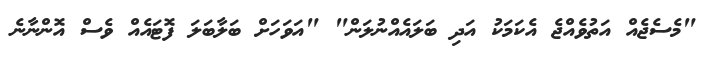
"މެސެޖެއް އަތުވެއްޖެ އެކަމަކު އަދި ބަލައެއްނުލަން" "އަވަހަށް ބަލާބަލަ ފޮޓައެއް ވެސް އޮންނާނެ